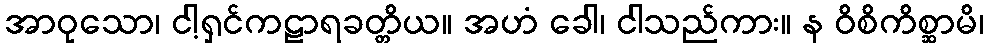
အာဝုသော၊ ငါ့ရှင်ကဠာရခတ္တိယ။ အဟံ ခေါ၊ ငါသည်ကား။ န ဝိစိကိစ္ဆာမိ၊